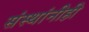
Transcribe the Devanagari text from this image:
संस्थांनीही